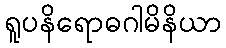
ရူပနိရောဓဂါမိနိယာ